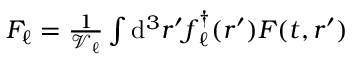
\begin{array} { r } { F _ { \ell } = \frac { 1 } { \mathcal { V } _ { \ell } } \int \mathrm { d } ^ { 3 } r ^ { \prime } \boldsymbol { f } _ { \ell } ^ { \dagger } ( \boldsymbol { r } ^ { \prime } ) \boldsymbol { F } ( t , \boldsymbol { r } ^ { \prime } ) } \end{array}